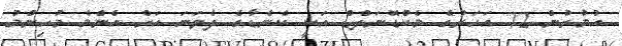
އުމުރުން 72 އަހަރުގެ މެކްޑޮނަލްޑް އަކީ ކެނެޑާގެ ދެވަނަ އަށް އެންމެ މުހިންމު